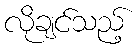
လိုချင်သည့်